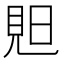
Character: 𧠗